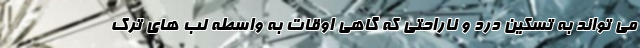
می تواند به تسکین درد و ناراحتی که گاهی اوقات به واسطه لب های ترک